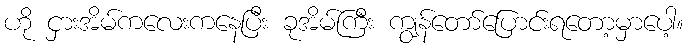
ဟို ငှားအိမ်ကလေးကနေပြီး ခုအိမ်ကြီး ကျွန်တော်ပြောင်းရတော့မှာပေါ့။